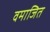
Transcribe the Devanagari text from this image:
वमाजित